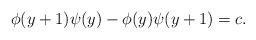
LaTeX: \begin{align*} \phi(y+1)\psi(y)-\phi(y)\psi(y+1)=c. \end{align*}